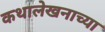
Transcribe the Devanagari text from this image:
कथालेखनाच्या